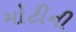
મોટીની